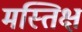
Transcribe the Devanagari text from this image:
मस्तिक्ष